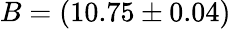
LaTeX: B=(10.75\pm 0.04)